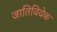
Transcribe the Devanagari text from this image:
जातिविवेक